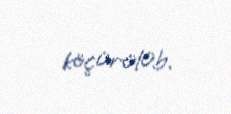
köçürülüb.